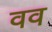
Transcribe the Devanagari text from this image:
वव